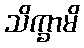
သိက္ခာမိ